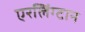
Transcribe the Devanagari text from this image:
एरलिंग्टान